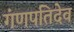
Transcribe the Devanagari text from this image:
गंणपतिदेव